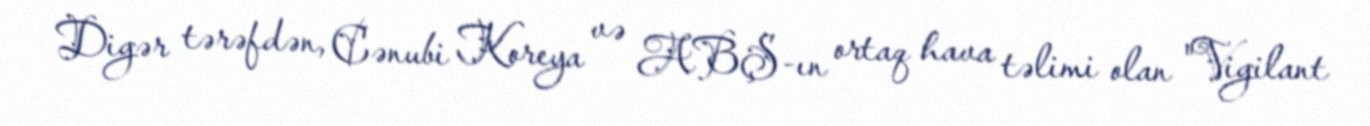
Digər tərəfdən, Cənubi Koreya və ABŞ-ın ortaq hava təlimi olan "Vigilant